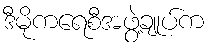
ဒီမိုကရေစီအဖွဲ့ချုပ်က